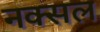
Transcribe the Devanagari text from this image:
नक्‍सल